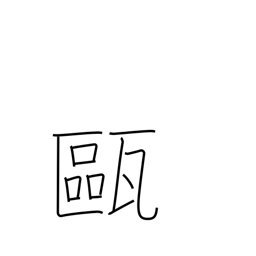
Meaning: small jar